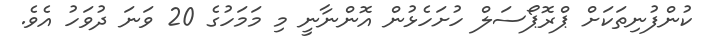
ކުންފުނިތަކަށް ޕްރޮޕޯސަލް ހުށަހެޅުން އޮންނާނީ މި މަމަހުގެ 20 ވަނަ ދުވަހު އެވެ.